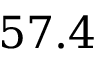
5 7 . 4